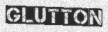
GLUTTON